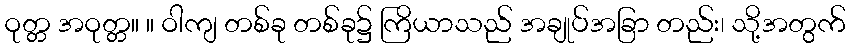
ဝုတ္တ အဝုတ္တ။ ။ ဝါကျ တစ်ခု တစ်ခု၌ ကြိယာသည် အချုပ်အခြာ တည်း၊ သို့အတွက်